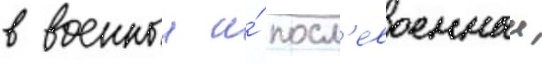
в военныи и́ посл'евоенныи